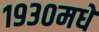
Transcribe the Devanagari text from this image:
१९३०मधे